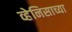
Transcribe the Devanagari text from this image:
व्हेनिसाच्या